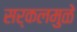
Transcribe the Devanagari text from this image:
सर्कलमुळे